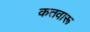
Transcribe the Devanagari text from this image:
कतवारू